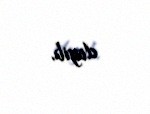
deyib.